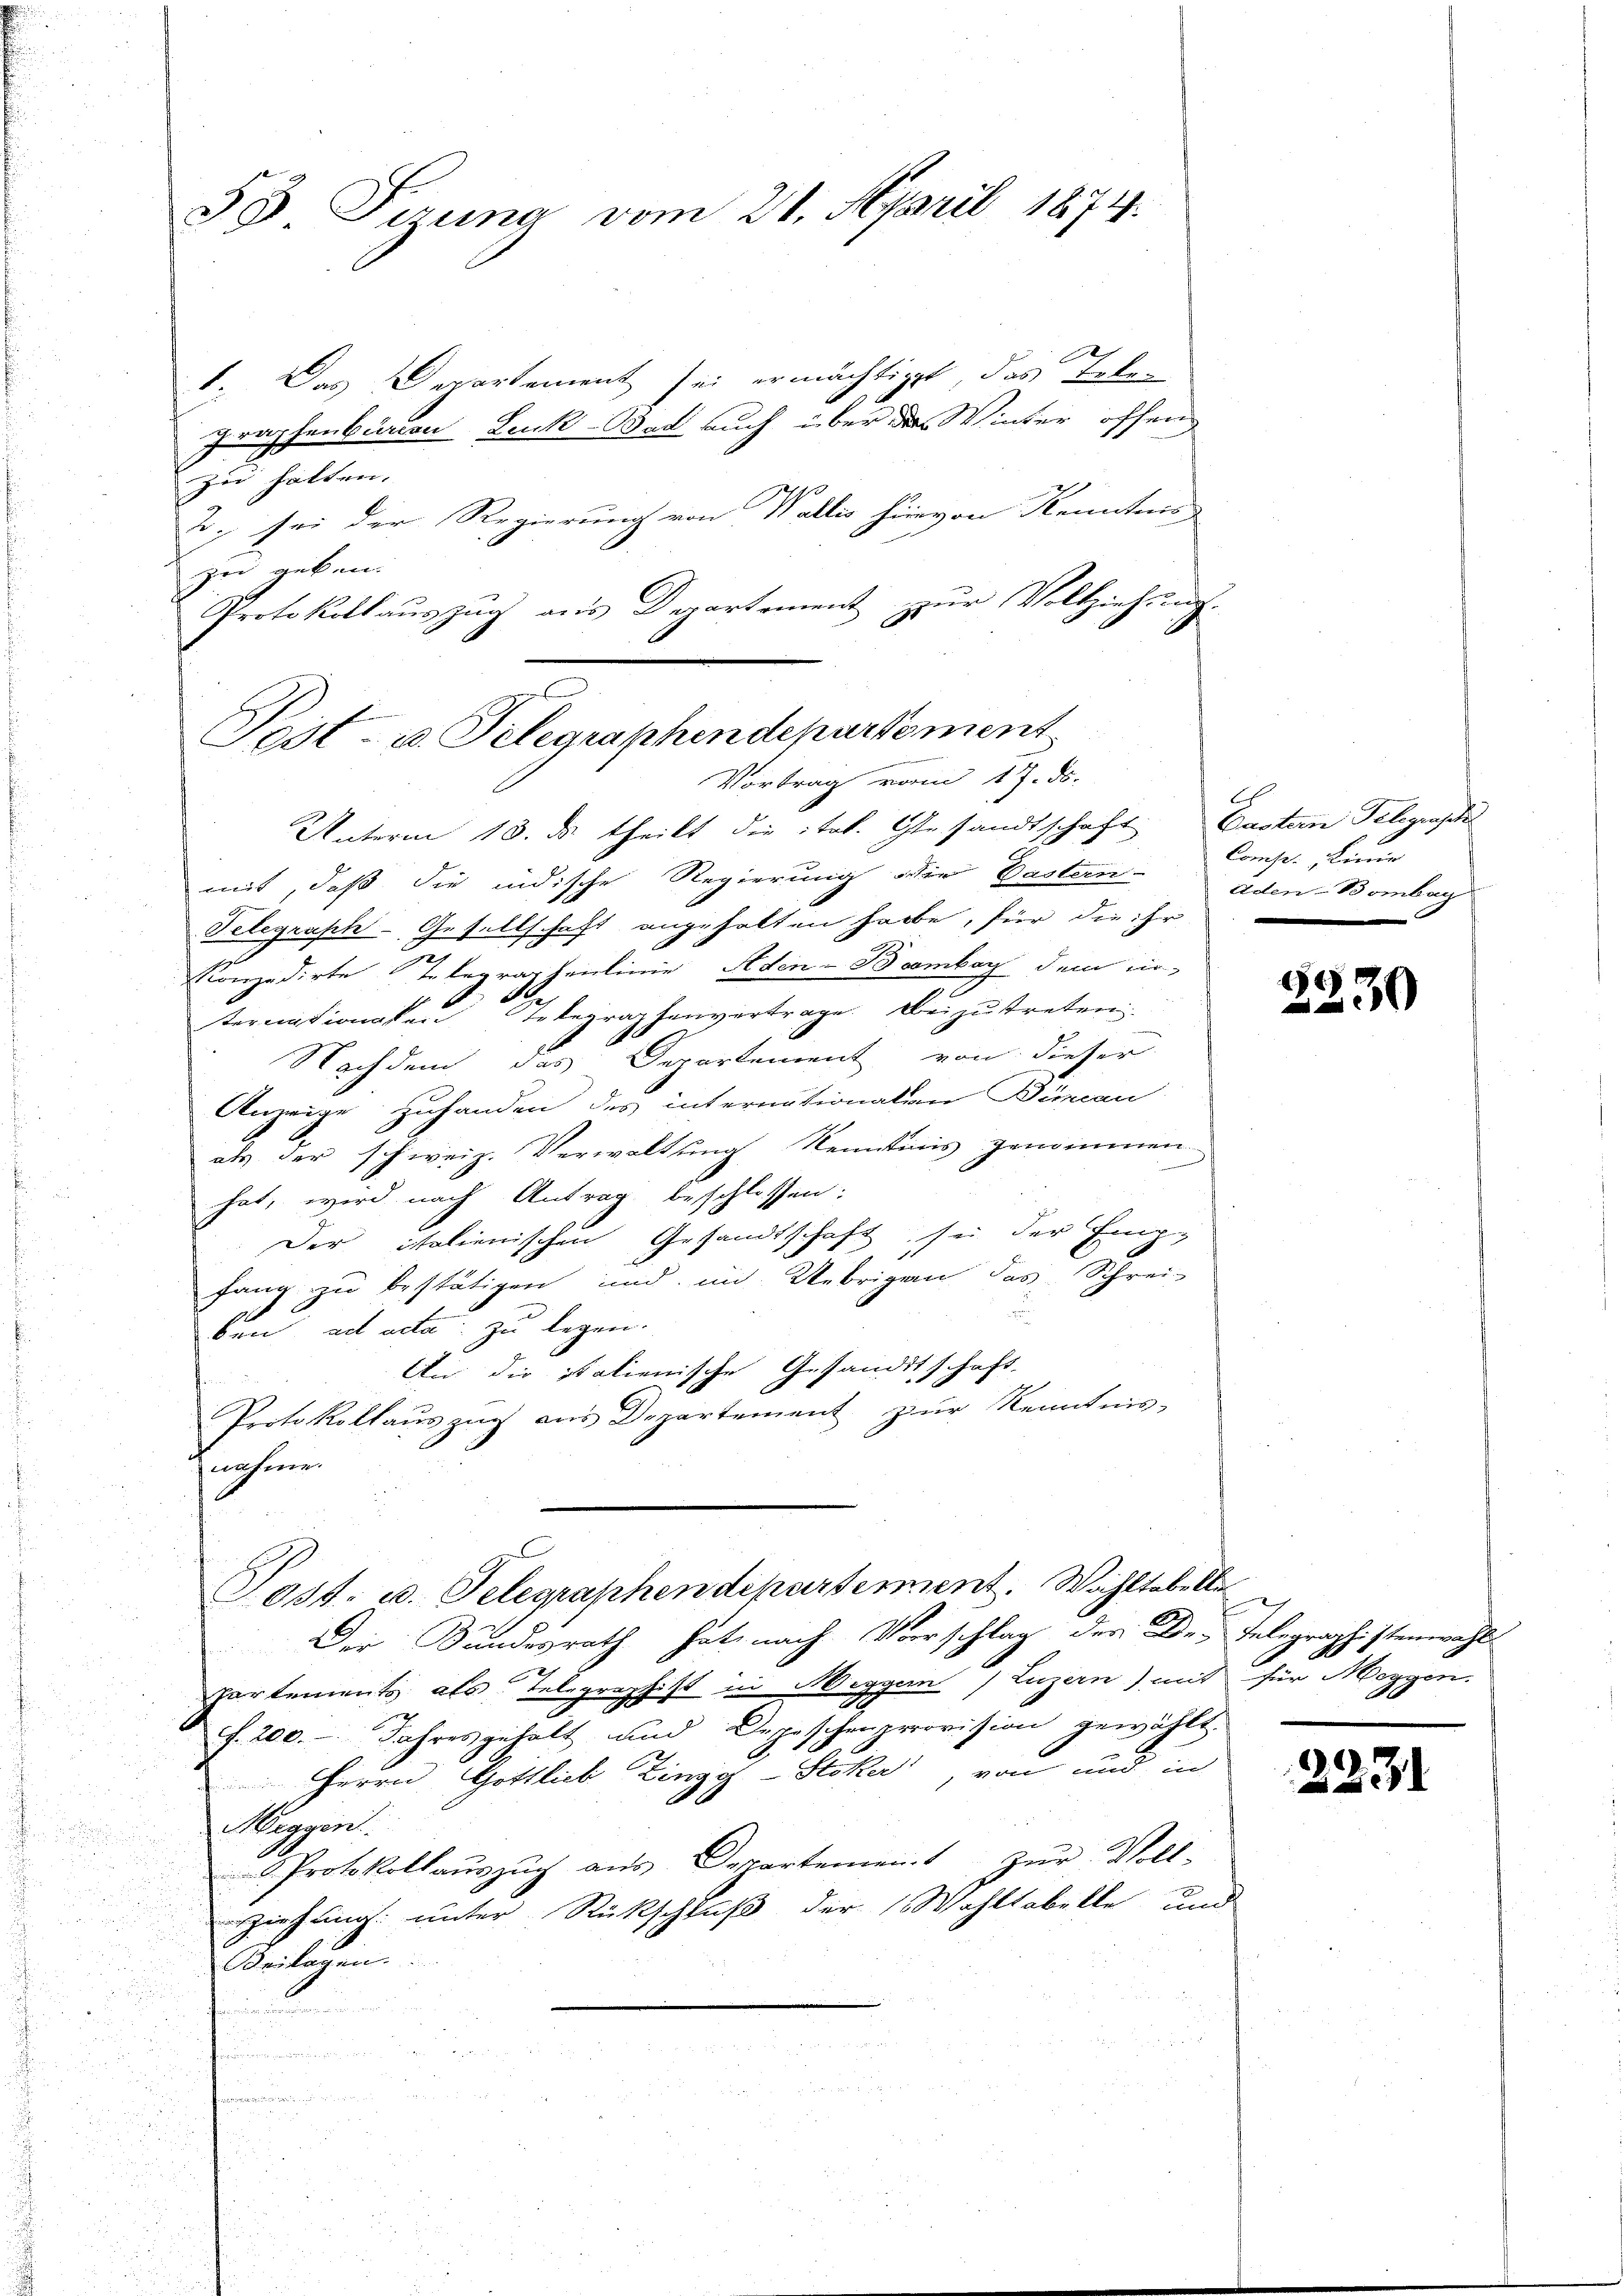
58 Firung vom 21. April 1874.

1. Das Departement sei ermächtiget, das Telegraphenbaren Luck-Bod auch über das Winter offen
zu halten.
2; sei der Regierung von Walles hievon Kennten
e
zu geben.
Protokollauszug aus Departement zur Vollziehung.
Unterm 18. ds. theilt die ital. Gesandtschaft Bastern Telegrasche
mit, daß die indische Regierung die Pastern-
Telegrasch-Gesellschaft angehalten habe, für die ihr in
Konzedirte Telegraphenlinie Aden-Bromber dem cir-
terationalen Telegraphenvertrage. Beizutreten.
Nachdem das Departement von dieser
Anzeige zuhanden des internationalen Büncan
als der schweiz. Verwaltung Kenntnis genommen
.
hat, wird nach Antrag beschlossen:
Der italienischen Gesandtschaft sei der Emp-
fang zu bestätigen und im Uebrigen das Schrei-
ben ad acta zu legen.
An die Italienische Gesandtschaft,
Protokollaŭszŭg ans Departement zur Kenntnis-
nahme.
Post- u. Telegraphendepartement. Wahltabelle
Der Bundesrath hat, nach Vorschlag der Dr. Telegraphistenwahl
partements als Telegraphist in Weggern) Luzern) mit für Meygen.
s. 200. Jahresgehalt und Depeschenprovision gewählt.
Herrn Gottlieb Zingg-Stoker, von und in
Heggen
n
i

 Protokollaŭszŭg aŭs Departement zŭr Voll-
a
ziehung unter Rückschluß der Wohltabelle und

Beilagen.

o
Post- u. Telegraphendepartement
e
Vortrag von 17. ds.

Canze Linie
aden Bombag

.
0

2231